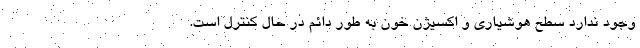
وجود ندارد سطح هوشیاری و اکسیژن خون به طور دائم در حال کنترل است.